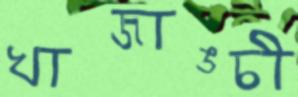
খাজাঙ্চী